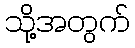
သို့အတွက်